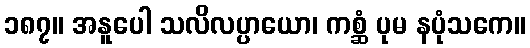
၁၈၇။ အနူပေါ သလိလပ္ပာယော၊ ကစ္ဆံ ပုမ နပုံသကေ။